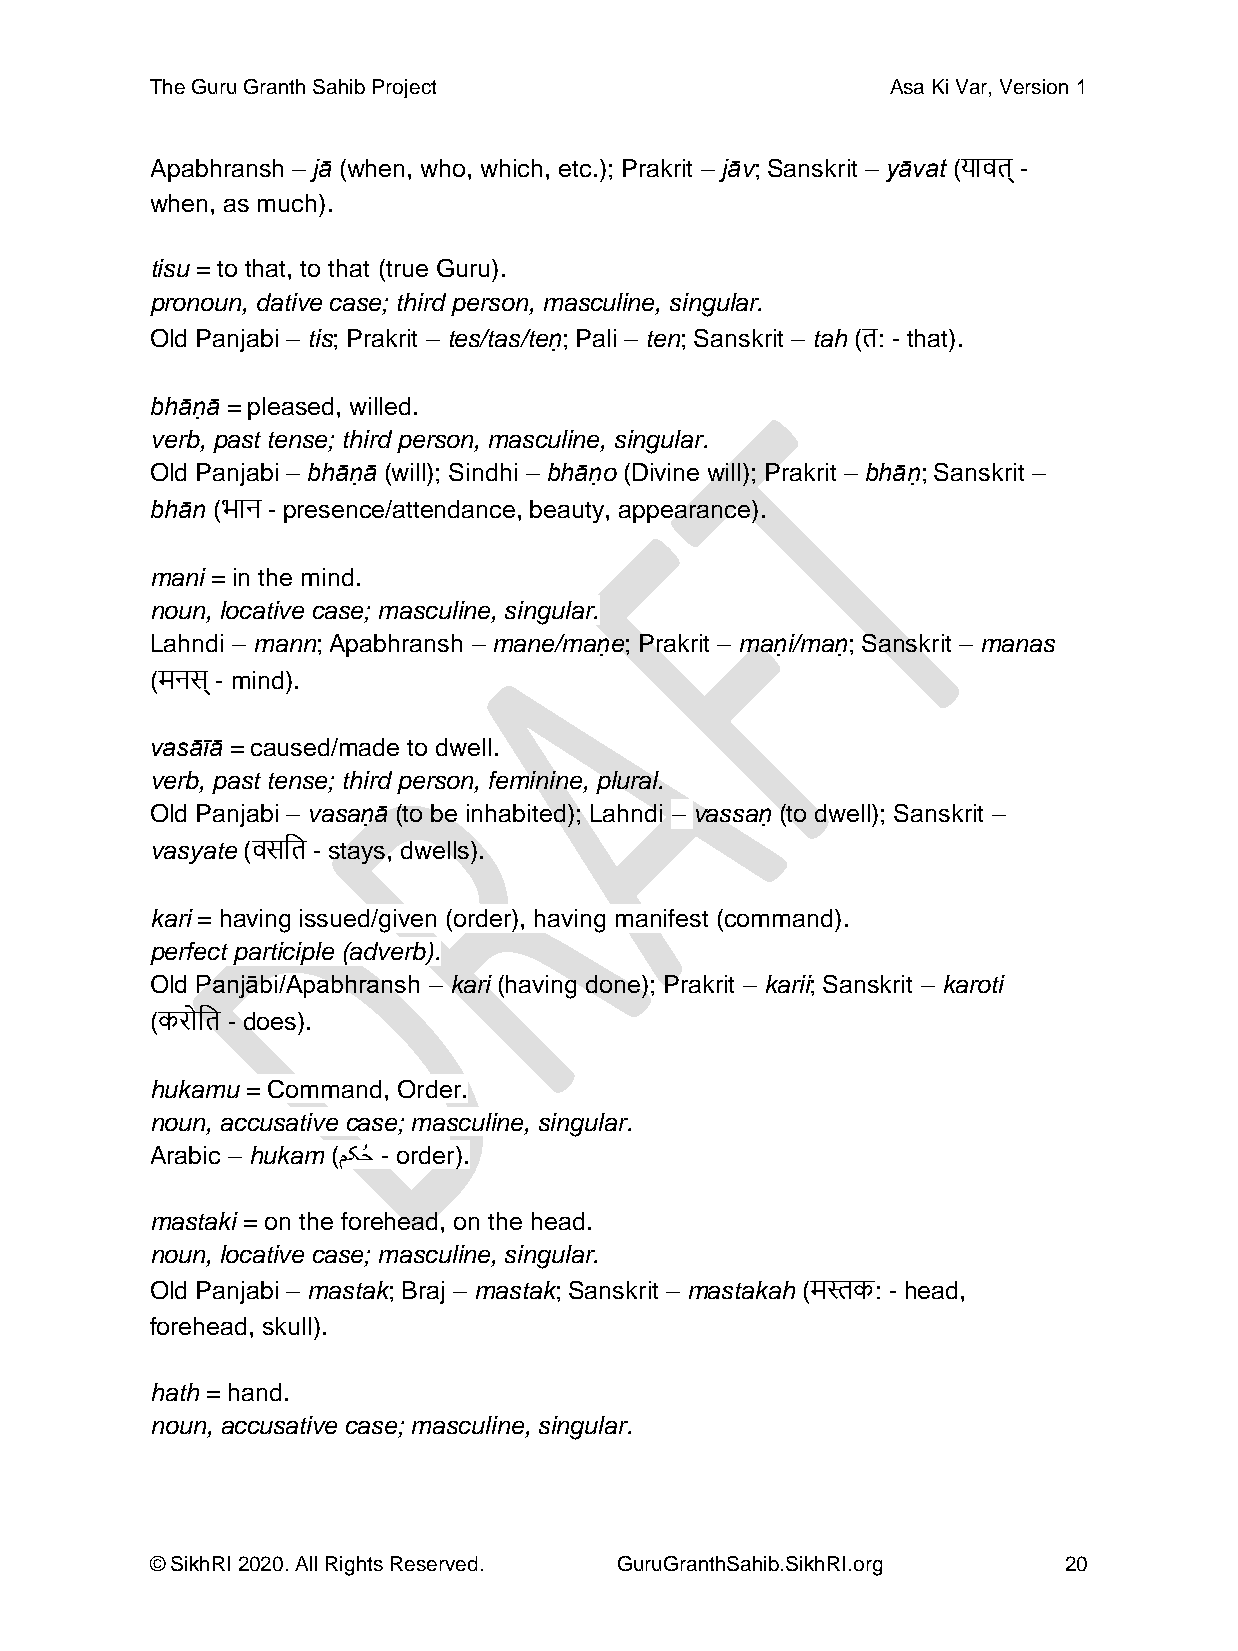
The Guru Granth Sahib Project                    Asa Ki Var, Version 1
 Apabhransh – jā (when, who, which, etc.); Prakrit – jāv; Sanskrit – yāvat (यार्त् -
 when, as much).
 tisu = to that, to that (true Guru).
 pronoun, dative case; third person, masculine, singular.
 Old Panjabi – tis; Prakrit – tes/tas/teṇ; Pali – ten; Sanskrit – tah (त: - that).
 bhāṇā = pleased, willed.
 verb, past tense; third person, masculine, singular.
 Old Panjabi – bhāṇā (will); Sindhi – bhāṇo (Divine will); Prakrit – bhāṇ; Sanskrit –
 bhān (भान - presence/attendance, beauty, appearance).
 mani = in the mind.
 noun, locative case; masculine, singular.
 Lahndi – mann; Apabhransh – mane/maṇe; Prakrit – maṇi/maṇ; Sanskrit – manas
 (मनस् - mind).
 vasāīā = caused/made to dwell.
 verb, past tense; third person, feminine, plural.
 Old Panjabi – vasaṇā (to be inhabited); Lahndi – vassaṇ (to dwell); Sanskrit –
 vasyate (र्सदत - stays, dwells).
 kari = having issued/given (order), having manifest (command).
 perfect participle (adverb).
 Old Panjābi/Apabhransh – kari (having done); Prakrit – karii; Sanskrit – karoti
 (करोदत - does).
 hukamu = Command, Order.
 noun, accusative case; masculine, singular.
 Arabic – hukam (مکحُ - order).
 mastaki = on the forehead, on the head.
 noun, locative case; masculine, singular.
 Old Panjabi – mastak; Braj – mastak; Sanskrit – mastakah (मिक: - head,
 forehead, skull).
 hath = hand.
 noun, accusative case; masculine, singular.
 © SikhRI 2020. All Rights Reserved. GuruGranthSahib.SikhRI.org 20